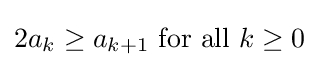
2a_{k}\geq a_{k+1}{\text{ for all }}k\geq 0